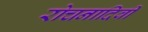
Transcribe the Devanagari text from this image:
रोचनादिवी